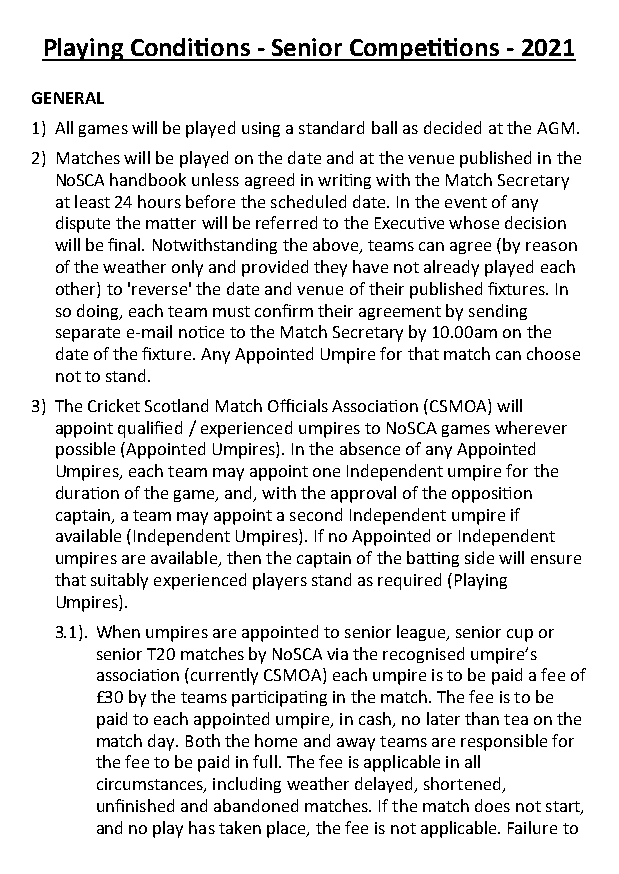
Playing Conditions - Senior Competitions - 2021
 GENERAL
 1) All games will be played using a standard ball as decided at the AGM.
 2) Matches will be played on the date and at the venue published in the
 NoSCA handbook unless agreed in writing with the Match Secretary
 at least 24 hours before the scheduled date. In the event of any
 dispute the matter will be referred to the Executive whose decision
 will be final. Notwithstanding the above, teams can agree (by reason
 of the weather only and provided they have not already played each
 other) to 'reverse' the date and venue of their published fixtures. In
 so doing, each team must confirm their agreement by sending
 separate e-mail notice to the Match Secretary by 10.00am on the
 date of the fixture. Any Appointed Umpire for that match can choose
 not to stand.
 3) The Cricket Scotland Match Officials Association (CSMOA) will
 appoint qualified / experienced umpires to NoSCA games wherever
 possible (Appointed Umpires). In the absence of any Appointed
 Umpires, each team may appoint one Independent umpire for the
 duration of the game, and, with the approval of the opposition
 captain, a team may appoint a second Independent umpire if
 available (Independent Umpires). If no Appointed or Independent
 umpires are available, then the captain of the batting side will ensure
 that suitably experienced players stand as required (Playing
 Umpires).
 3.1). When umpires are appointed to senior league, senior cup or
 senior T20 matches by NoSCA via the recognised umpire’s
 association (currently CSMOA) each umpire is to be paid a fee of
 £30 by the teams participating in the match. The fee is to be
 paid to each appointed umpire, in cash, no later than tea on the
 match day. Both the home and away teams are responsible for
 the fee to be paid in full. The fee is applicable in all
 circumstances, including weather delayed, shortened,
 unfinished and abandoned matches. If the match does not start,
 and no play has taken place, the fee is not applicable. Failure to